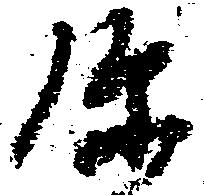
弥